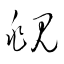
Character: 覜